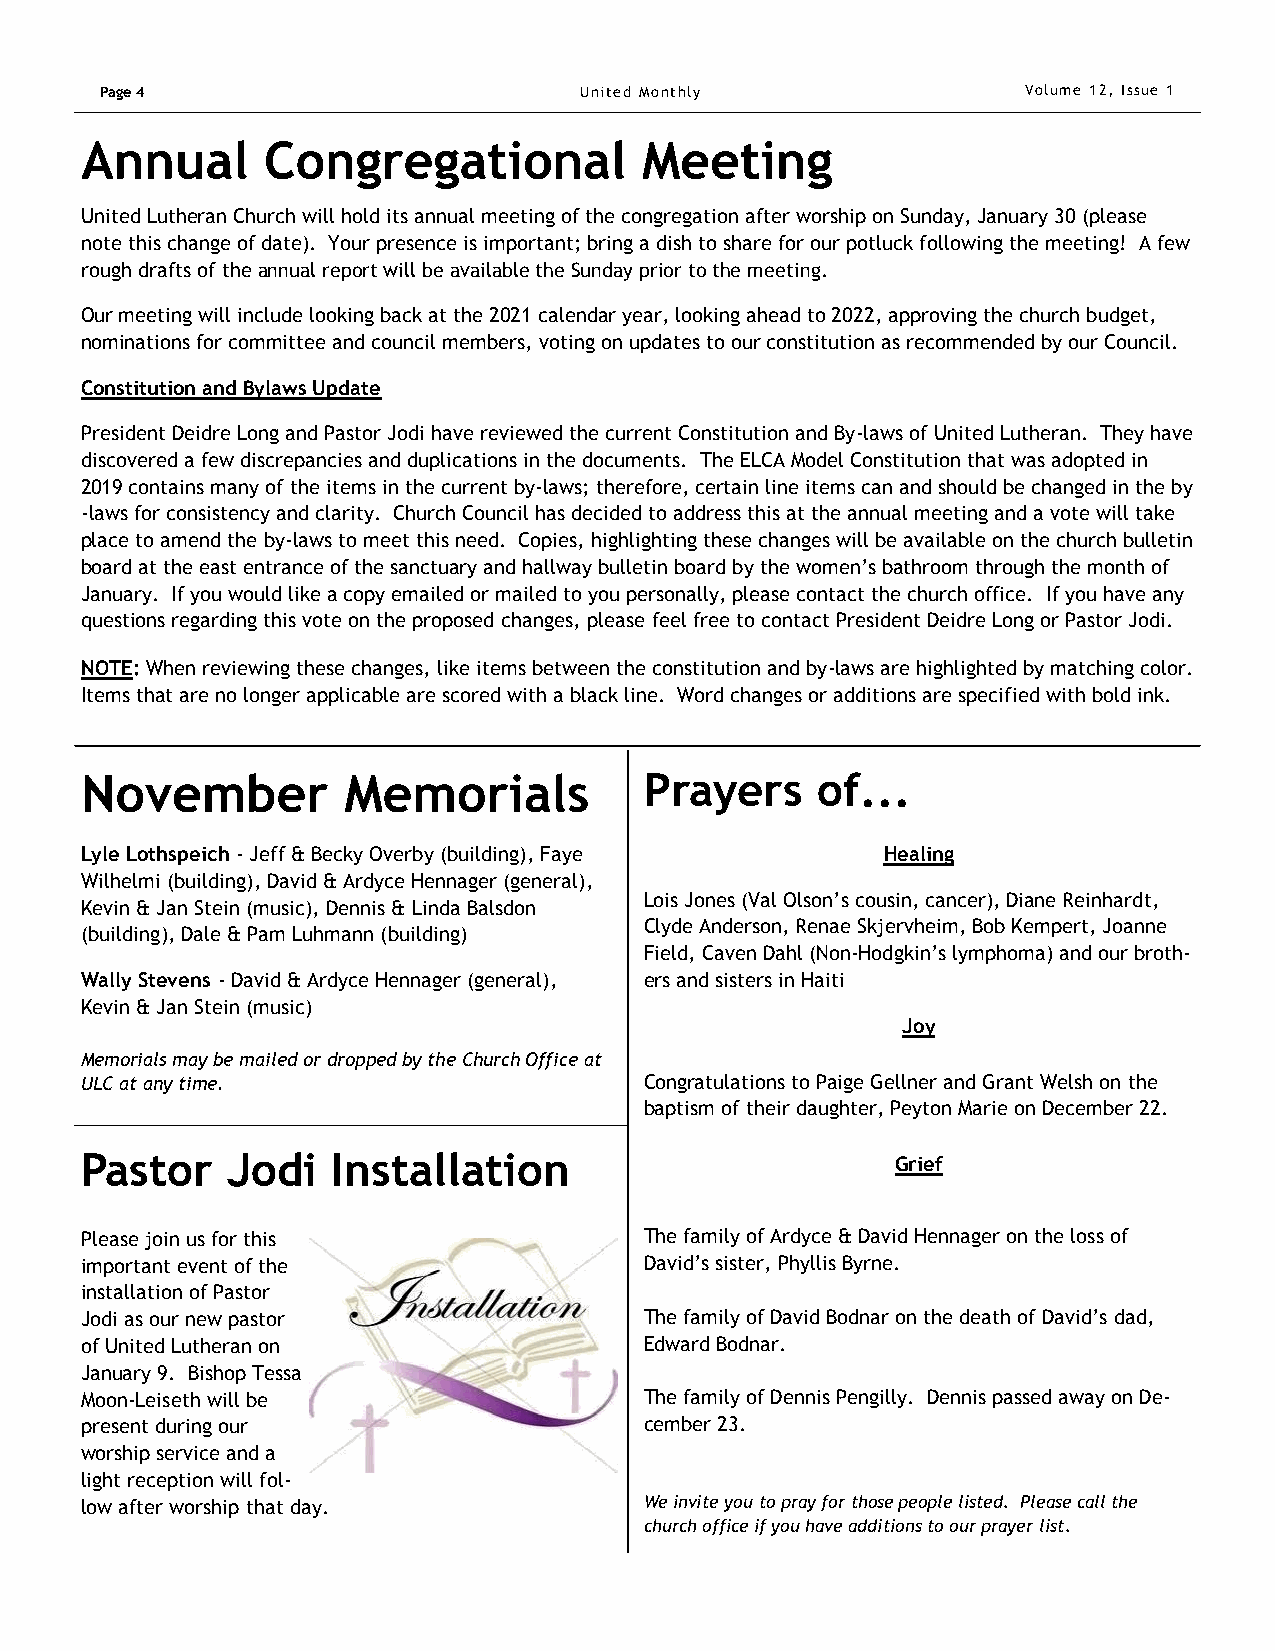
Page 4                         United Monthly                Volume 12, Issue 1
 Annual      Congregational           Meeting
 United Lutheran Church will hold its annual meeting of the congregation after worship on Sunday, January 30 (please
 note this change of date). Your presence is important; bring a dish to share for our potluck following the meeting! A few
 rough drafts of the annual report will be available the Sunday prior to the meeting.
 Our meeting will include looking back at the 2021 calendar year, looking ahead to 2022, approving the church budget,
 nominations for committee and council members, voting on updates to our constitution as recommended by our Council.
 Constitution and Bylaws Update
 President Deidre Long and Pastor Jodi have reviewed the current Constitution and By-laws of United Lutheran. They have
 discovered a few discrepancies and duplications in the documents. The ELCA Model Constitution that was adopted in
 2019 contains many of the items in the current by-laws; therefore, certain line items can and should be changed in the by
 -laws for consistency and clarity. Church Council has decided to address this at the annual meeting and a vote will take
 place to amend the by-laws to meet this need. Copies, highlighting these changes will be available on the church bulletin
 board at the east entrance of the sanctuary and hallway bulletin board by the women’s bathroom through the month of
 January. If you would like a copy emailed or mailed to you personally, please contact the church office. If you have any
 questions regarding this vote on the proposed changes, please feel free to contact President Deidre Long or Pastor Jodi.
 NOTE: When reviewing these changes, like items between the constitution and by-laws are highlighted by matching color.
 Items that are no longer applicable are scored with a black line. Word changes or additions are specified with bold ink.
 November          Memorials           Prayers    of...
 Lyle Lothspeich - Jeff & Becky Overby (building), Faye Healing
 Wilhelmi (building), David & Ardyce Hennager (general),
 Lois Jones (Val Olson’s cousin, cancer), Diane Reinhardt,
 Kevin & Jan Stein (music), Dennis & Linda Balsdon
 Clyde Anderson, Renae Skjervheim, Bob Kempert, Joanne
 (building), Dale & Pam Luhmann (building)
 Field, Caven Dahl (Non-Hodgkin’s lymphoma) and our broth-
 Wally Stevens - David & Ardyce Hennager (general), ers and sisters in Haiti
 Kevin & Jan Stein (music)
 Joy
 Memorials may be mailed or dropped by the Church Office at
 ULC at any time.                      Congratulations to Paige Gellner and Grant Welsh on the
 baptism of their daughter, Peyton Marie on December 22.
 Pastor    Jodi   Installation                         Grief
 Please join us for this               The family of Ardyce & David Hennager on the loss of
 important event of the                David’s sister, Phyllis Byrne.
 installation of Pastor
 Jodi as our new pastor                The family of David Bodnar on the death of David’s dad,
 of United Lutheran on                 Edward Bodnar.
 January 9. Bishop Tessa
 Moon-Leiseth will be                  The family of Dennis Pengilly. Dennis passed away on De-
 present during our                    cember 23.
 worship service and a
 light reception will fol-
 low after worship that day.           We invite you to pray for those people listed. Please call the
 church office if you have additions to our prayer list.